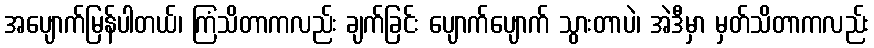
အပျောက်မြန်ပါတယ်၊ ကြံသိတာကလည်း ချက်ခြင်း ပျောက်ပျောက် သွားတာပဲ၊ အဲဒီမှာ မှတ်သိတာကလည်း